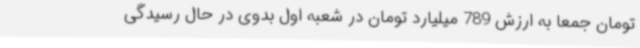
تومان جمعاً به ارزش 789 میلیارد تومان در شعبه اول بدوی در حال رسیدگی